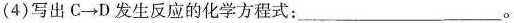
(4)写出C \to D发生反应的化学方程式：___。